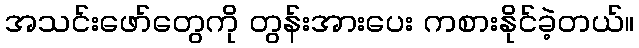
အသင်းဖော်တွေကို တွန်းအားပေး ကစားနိုင်ခဲ့တယ်။